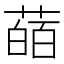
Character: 䔤